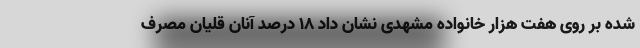
شده بر روی هفت هزار خانواده مشهدی نشان داد ۱۸ درصد آنان قلیان مصرف